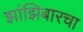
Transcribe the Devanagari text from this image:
झांझिबारचा